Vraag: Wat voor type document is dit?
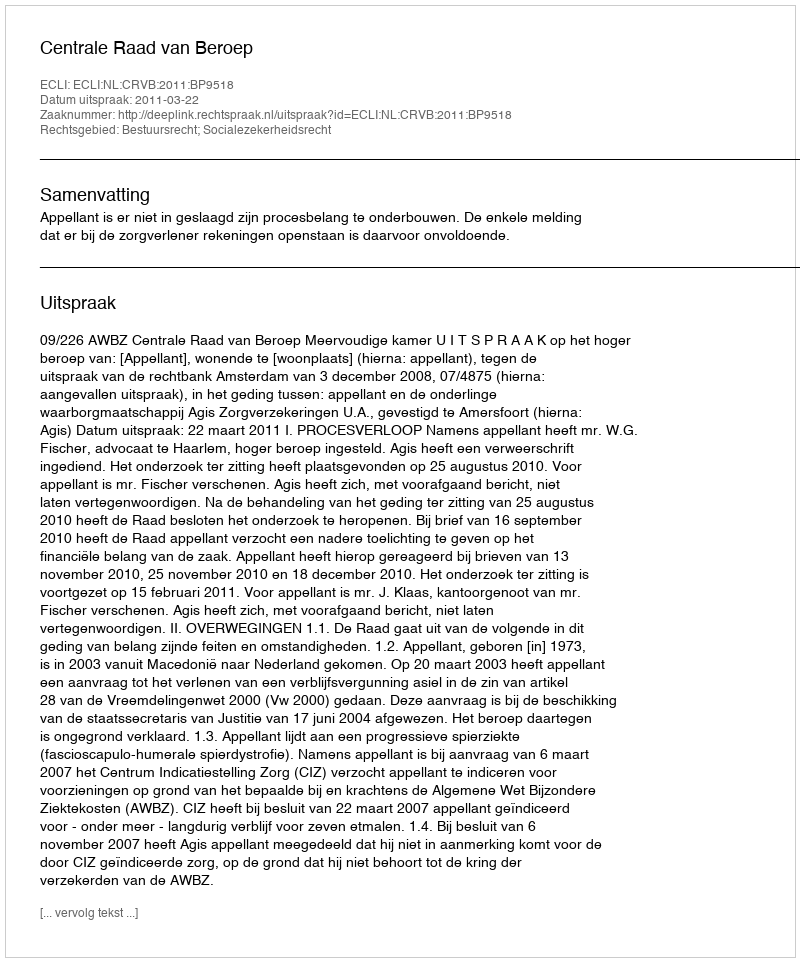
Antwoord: Uitspraak